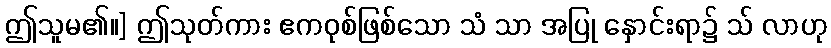
ဤသူမ၏။] ဤသုတ်ကား ဧကဝုစ်ဖြစ်သော သံ သာ အပြု နှောင်းရာ၌ သ် လာဟု